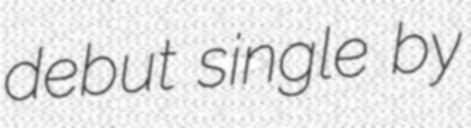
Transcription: debut single by